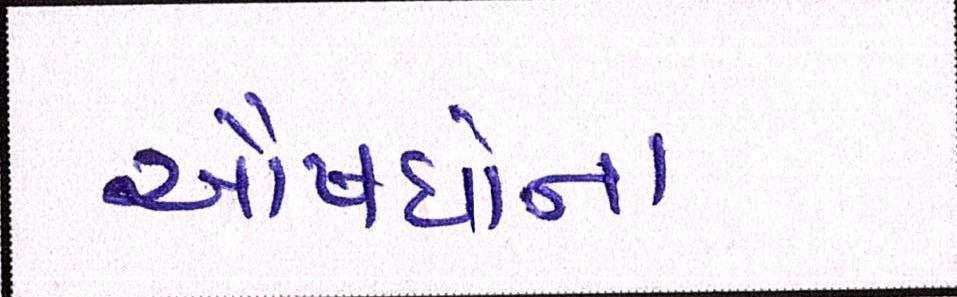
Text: ઔષધોના